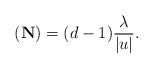
LaTeX: \begin{align*} (\mathbf{N}) = (d-1) \frac{\lambda}{|u|} .\end{align*}